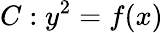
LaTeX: C:y^{2}=f(x)